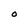
Character: O